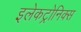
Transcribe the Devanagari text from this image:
इलेकट्रोनिक्स